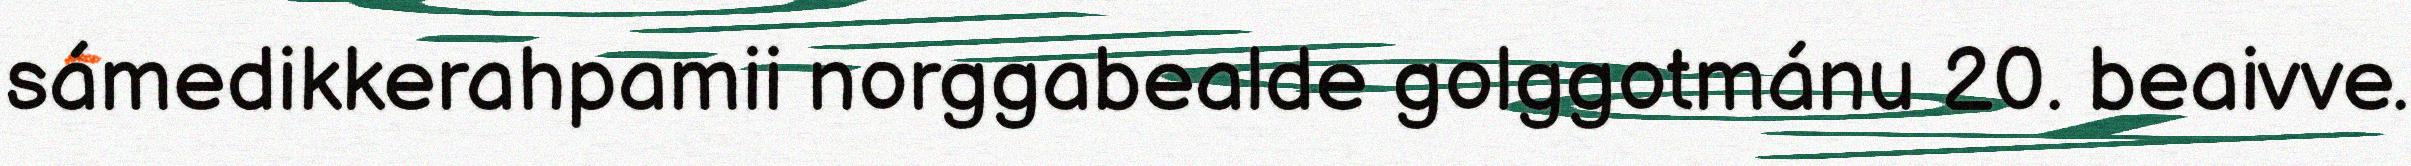
sámedikkerahpamii norggabealde golggotmánu 20. beaivve.